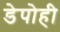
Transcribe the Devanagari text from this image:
डेपोही